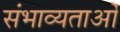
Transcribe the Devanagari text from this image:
संभाव्यताओं